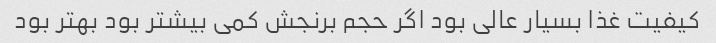
کیفیت غذا بسیار عالی بود اگر حجم برنجش کمی بیشتر بود بهتر بود